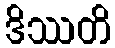
ဒိဿတိ